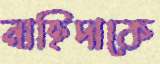
নাহিদাকে